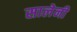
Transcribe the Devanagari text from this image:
सालेनी